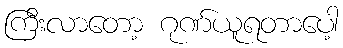
ကြီးလာတော့ ဂုဏ်ယူရတာပေါ့